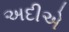
અદીએ